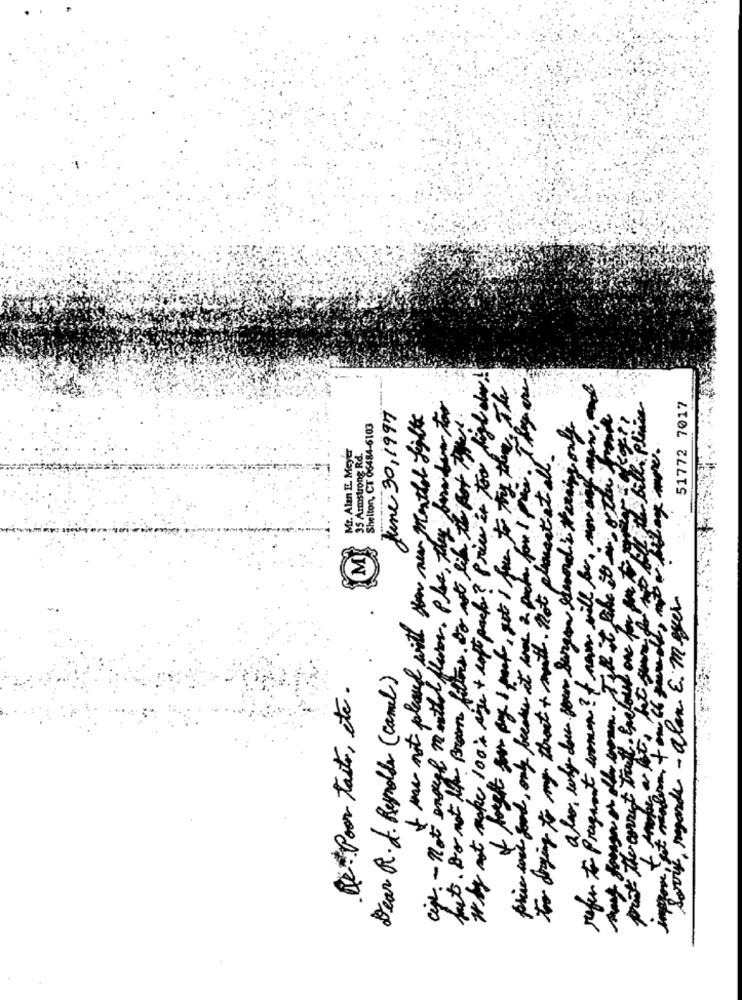
why not make 100 % rise + roft pack? Price it too highde!
-
June 30, 1997
cipe. - not engeel mouthe flavor. Place, they formder for
but. Do not the Brown filters to not like the Rot Tier
51772 7017
I me not pleased with you new monthal Latte
also, why dowe gow Sargen stood & therapy any
Shelton, CT 06484-6103
Mr. Alın EL. Meyer
35 Armstrong Rd.
phie was good, only becomes it was a pocker for I file.
refer to Pregnant women? of new will be, norway
for dring to my throat + math . not placestiat
M
post the correct Trip. Enclasse one for for
Sorry, regarde - alan E. meser
Dear R. L. Reynolds ( camel)
De Poor taste, etc.
improve Jest meadosm + alt +